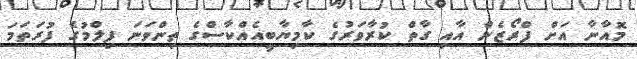
މޮއާނާ އަށް ފްރޯޒެން އާއި ގާތް ކުރާވަރުގެ ކާމިޔާބީއެއްކާސްގެ ތިންވަނަ ފިލްމުގެ ފުރަތަމަ